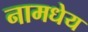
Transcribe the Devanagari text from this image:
नामधेय